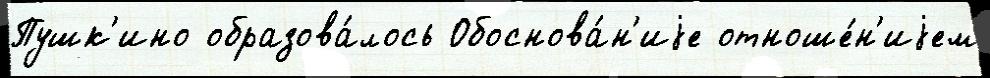
Пушк'ино образова́лось Обоснова́н'иjе отноше́н'иjем